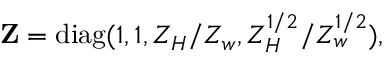
{ \bf Z } = \mathrm { d i a g } ( 1 , 1 , Z _ { H } / Z _ { w } , Z _ { H } ^ { 1 / 2 } / Z _ { w } ^ { 1 / 2 } ) ,